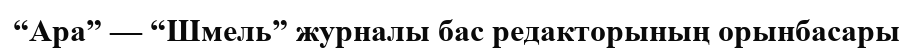
“Ара” — “Шмель” журналы бас редакторының орынбасары